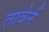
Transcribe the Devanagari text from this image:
तावेर्न